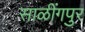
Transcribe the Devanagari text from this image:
साळींगपुर